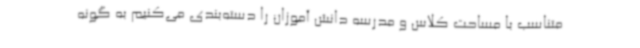
متناسب با مساحت کلاس و مدرسه دانش آموزان را دسته‌بندی می‌کنیم به گونه